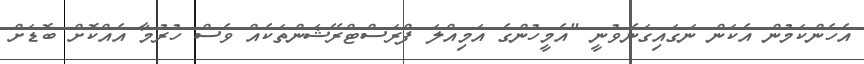
އެހެންކަމުން އެކަން ނަގައިގަނެވުނީ "އެމީހުންގެ އަމިއްލަ ފްރަސްޓްރޭޝަންތަކެއް ވެސް ހުރުމާ އެއްކޮށް ބޮޑަށް